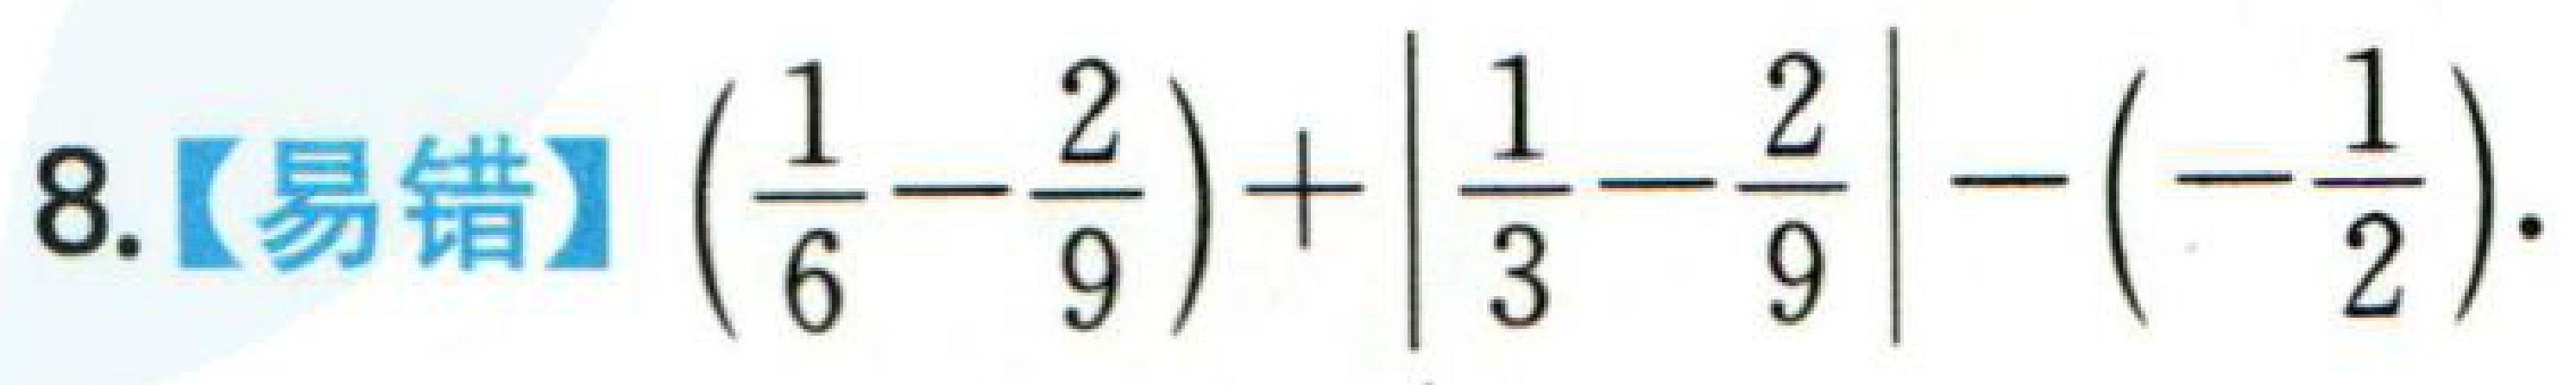
8.【易错】\(\left(\frac{1}{6}-\frac{2}{9}\right)+\left|\frac{1}{3}-\frac{2}{9}\right|-\left(-\frac{1}{2}\right)\).